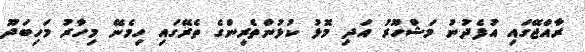
ރާއްޖޭގައި އުފެދުނު މަޝްހޫރު އަދި މޮޅު ކުޅުންތެރިންގެ ތެރޭގައި ހިމެނޭ މިހާރު މަހިބަދޫ